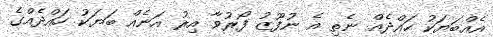
އެއްބަޔަކު ހައްދެއް ނެތި އެ ނުފޫޒު ފޯރުވާ އިރު އަނެއް ބަޔަކު ހައްދެއްގެ